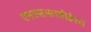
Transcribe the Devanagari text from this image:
एनएसआरसीईएल